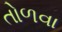
તોળવા